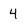
Character: 4